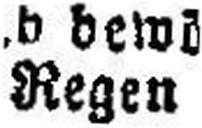
Regen